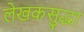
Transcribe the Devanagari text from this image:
लेखकसुद्धा